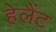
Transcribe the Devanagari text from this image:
हेलैंट